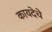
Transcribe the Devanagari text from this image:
कायदेचे